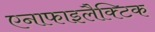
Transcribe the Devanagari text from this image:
एनाफाइलैक्टिक